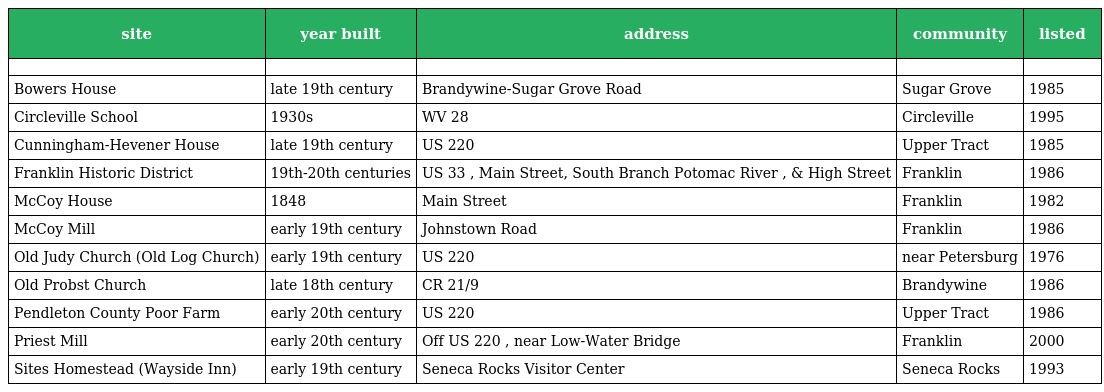
| site | year built | address | community | listed |
 | --- | --- | --- | --- | --- |
 |  |  |  |  |  |
 | Bowers House | late 19th century | Brandywine-Sugar Grove Road | Sugar Grove | 1985 |
 | Circleville School | 1930s | WV 28 | Circleville | 1995 |
 | Cunningham-Hevener House | late 19th century | US 220 | Upper Tract | 1985 |
 | Franklin Historic District | 19th-20th centuries | US 33 , Main Street, South Branch Potomac River , & High Street | Franklin | 1986 |
 | McCoy House | 1848 | Main Street | Franklin | 1982 |
 | McCoy Mill | early 19th century | Johnstown Road | Franklin | 1986 |
 | Old Judy Church (Old Log Church) | early 19th century | US 220 | near Petersburg | 1976 |
 | Old Probst Church | late 18th century | CR 21/9 | Brandywine | 1986 |
 | Pendleton County Poor Farm | early 20th century | US 220 | Upper Tract | 1986 |
 | Priest Mill | early 20th century | Off US 220 , near Low-Water Bridge | Franklin | 2000 |
 | Sites Homestead (Wayside Inn) | early 19th century | Seneca Rocks Visitor Center | Seneca Rocks | 1993 |